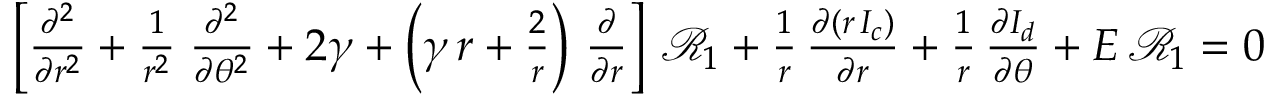
\begin{array} { r } { \left[ { \frac { \partial ^ { 2 } } { \partial r ^ { 2 } } } + { \frac { 1 } { r ^ { 2 } } } \; { \frac { \partial ^ { 2 } } { \partial \theta ^ { 2 } } } + 2 \gamma + \left( \gamma \, r + { \frac { 2 } { r } } \right) \, { \frac { \partial } { \partial r } } \right] \, { \mathcal R } _ { 1 } + { \frac { 1 } { r } } \, { \frac { \partial ( r \, I _ { c } ) } { \partial r } } + { \frac { 1 } { r } } \, { \frac { \partial I _ { d } } { \partial \theta } } + E \, { \mathcal R } _ { 1 } = 0 } \end{array}